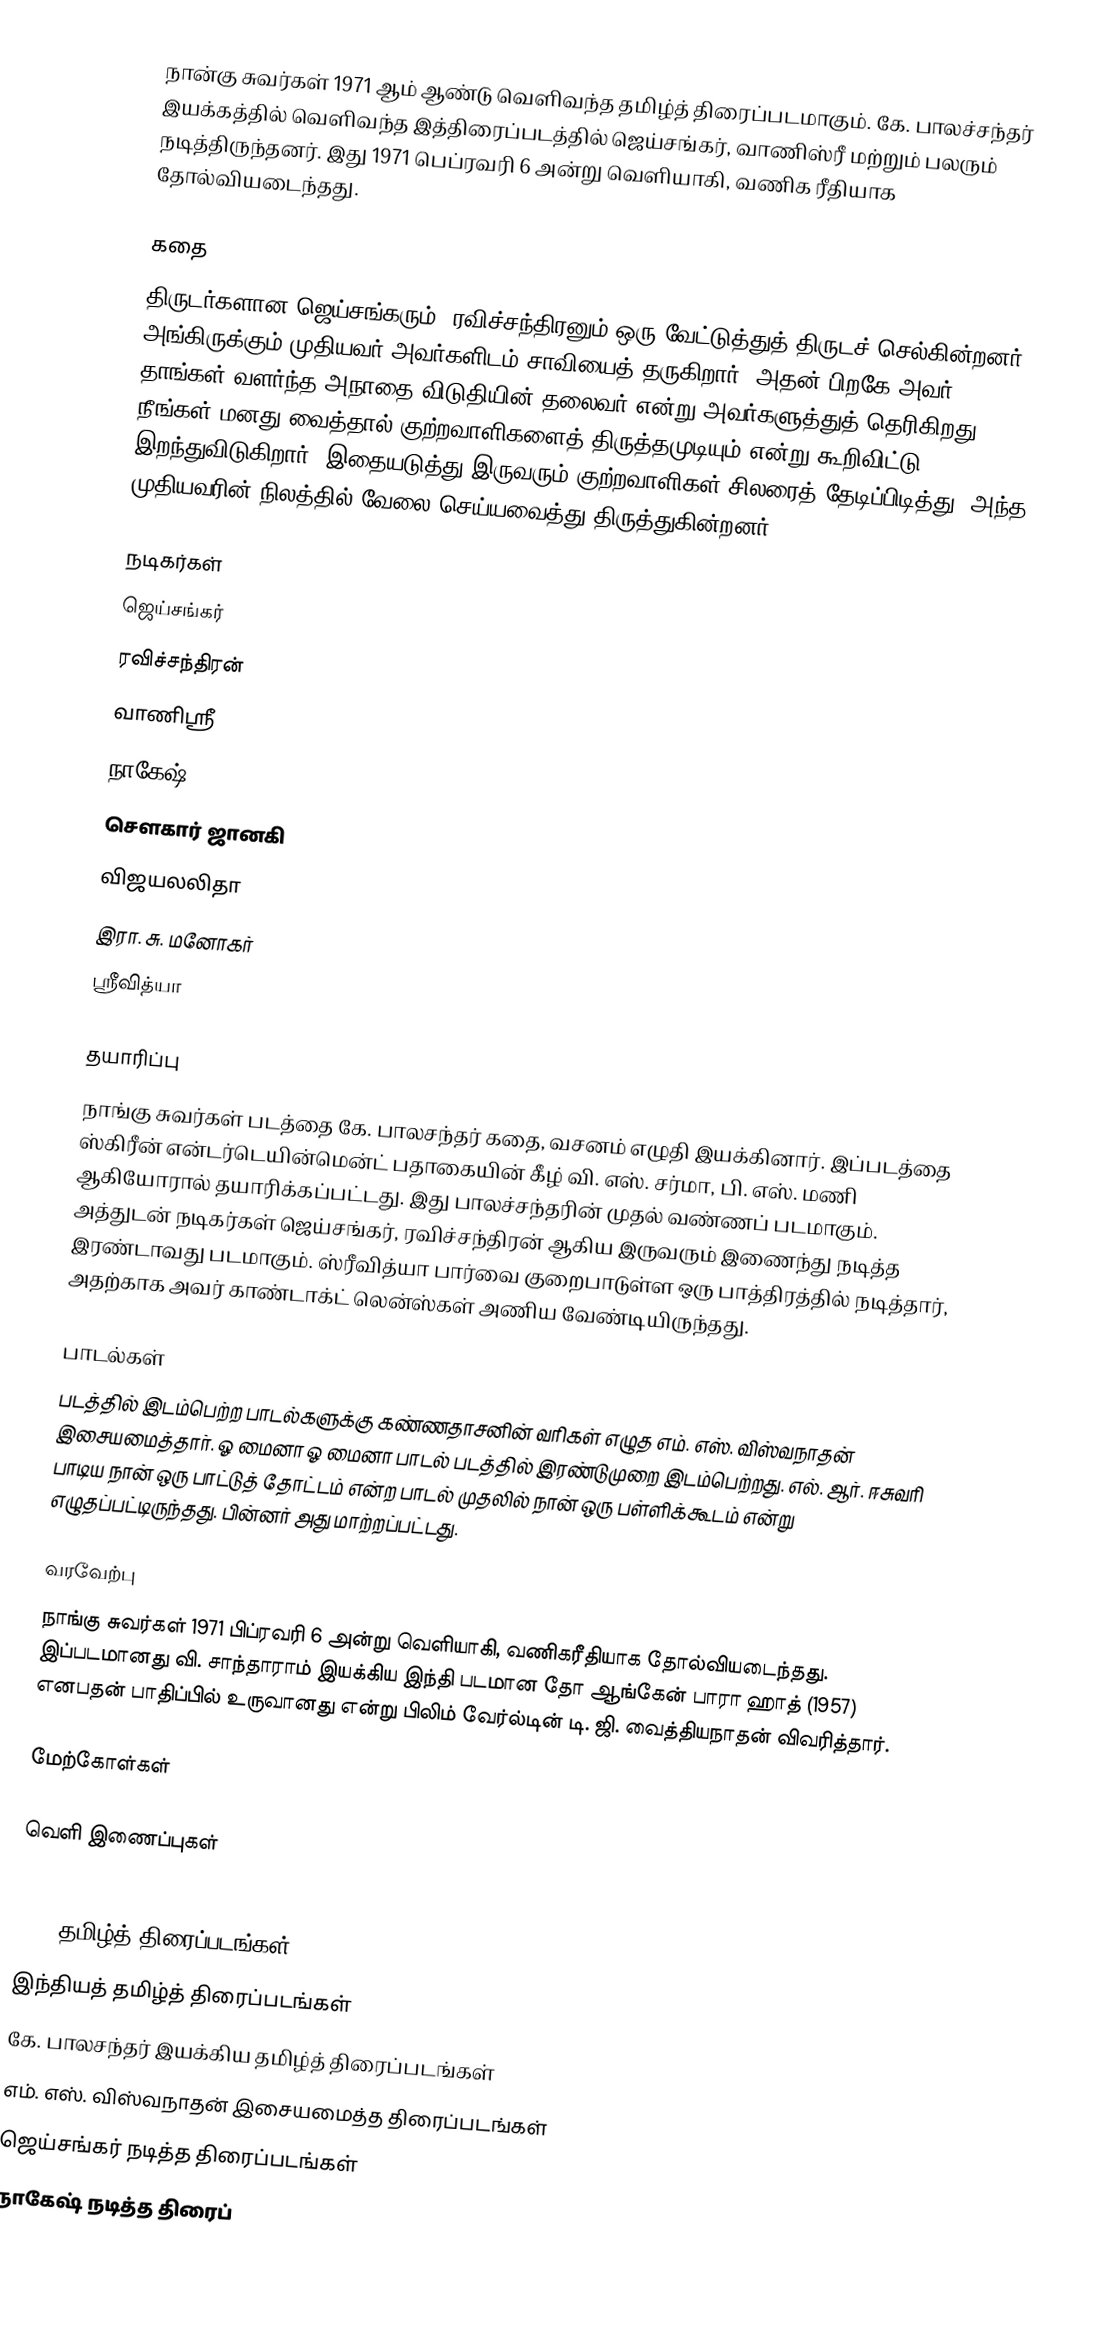
நான்கு சுவர்கள் 1971 ஆம் ஆண்டு வெளிவந்த தமிழ்த் திரைப்படமாகும். கே. பாலச்சந்தர் இயக்கத்தில்  வெளிவந்த இத்திரைப்படத்தில் ஜெய்சங்கர், வாணிஸ்ரீ மற்றும் பலரும் நடித்திருந்தனர். இது 1971 பெப்ரவரி 6 அன்று வெளியாகி, வணிக ரீதியாக தோல்வியடைந்தது.

கதை
திருடர்களான ஜெய்சங்கரும், ரவிச்சந்திரனும் ஒரு வேட்டுத்துத் திருடச் செல்கின்றனர். அங்கிருக்கும் முதியவர் அவர்களிடம் சாவியைத் தருகிறார். அதன் பிறகே அவர் தாங்கள் வளர்ந்த அநாதை விடுதியின் தலைவர் என்று அவர்களுத்துத் தெரிகிறது. நீங்கள் மனது வைத்தால் குற்றவாளிகளைத் திருத்தமுடியும் என்று கூறிவிட்டு இறந்துவிடுகிறார். இதையடுத்து இருவரும் குற்றவாளிகள் சிலரைத் தேடிப்பிடித்து, அந்த முதியவரின் நிலத்தில் வேலை செய்யவைத்து திருத்துகின்றனர்.

நடிகர்கள்
 ஜெய்சங்கர்
 ரவிச்சந்திரன்
 வாணிஸ்ரீ
 நாகேஷ்
 சௌகார் ஜானகி
 விஜயலலிதா
 இரா. சு. மனோகர்
 ஸ்ரீவித்யா

தயாரிப்பு
நாங்கு சுவர்கள் படத்தை  கே. பாலசந்தர் கதை, வசனம் எழுதி இயக்கினார். இப்படத்தை ஸ்கிரீன் என்டர்டெயின்மென்ட் பதாகையின் கீழ் வி. எஸ். சர்மா, பி. எஸ். மணி ஆகியோரால் தயாரிக்கப்பட்டது. இது பாலச்சந்தரின் முதல் வண்ணப் படமாகும். அத்துடன் நடிகர்கள் ஜெய்சங்கர், ரவிச்சந்திரன் ஆகிய இருவரும் இணைந்து நடித்த இரண்டாவது படமாகும். ஸ்ரீவித்யா பார்வை குறைபாடுள்ள ஒரு பாத்திரத்தில் நடித்தார், அதற்காக அவர் காண்டாக்ட் லென்ஸ்கள் அணிய வேண்டியிருந்தது.

பாடல்கள்
படத்தில் இடம்பெற்ற பாடல்களுக்கு கண்ணதாசனின் வரிகள் எழுத எம். எஸ். விஸ்வநாதன் இசையமைத்தார். ஓ மைனா ஓ மைனா பாடல் படத்தில் இரண்டுமுறை இடம்பெற்றது. எல். ஆர். ஈசுவரி பாடிய நான் ஒரு பாட்டுத் தோட்டம் என்ற பாடல் முதலில் நான் ஒரு பள்ளிக்கூடம் என்று எழுதப்பட்டிருந்தது. பின்னர் அது மாற்றப்பட்டது.

வரவேற்பு
நாங்கு சுவர்கள் 1971 பிப்ரவரி 6 அன்று வெளியாகி, வணிகரீதியாக தோல்வியடைந்தது. இப்படமானது வி. சாந்தாராம் இயக்கிய இந்தி படமான தோ ஆங்கேன் பாரா ஹாத் (1957) எனபதன் பாதிப்பில் உருவானது என்று பிலிம் வேர்ல்டின் டி. ஜி. வைத்தியநாதன் விவரித்தார்.

மேற்கோள்கள்

வெளி இணைப்புகள்

1971 தமிழ்த் திரைப்படங்கள்
இந்தியத் தமிழ்த் திரைப்படங்கள்
கே. பாலசந்தர் இயக்கிய தமிழ்த் திரைப்படங்கள்
எம். எஸ். விஸ்வநாதன் இசையமைத்த திரைப்படங்கள்
ஜெய்சங்கர் நடித்த திரைப்படங்கள்
நாகேஷ் நடித்த திரைப்